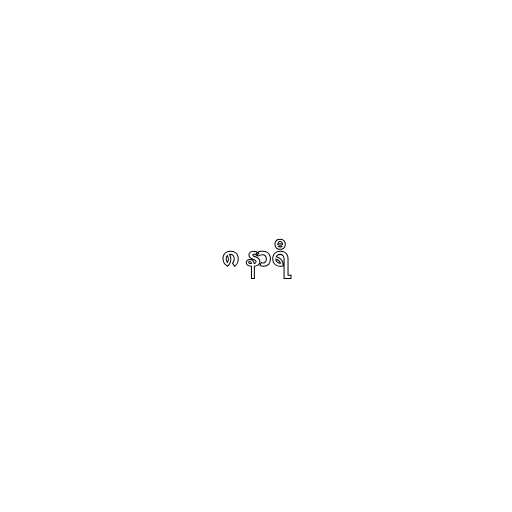
၈ နာရီ